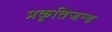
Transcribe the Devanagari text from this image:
प्रकृतिजन्य